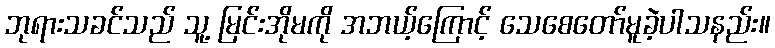
ဘုရားသခင်သည် သူ့ မြင်းအိုမကို အဘယ့်ကြောင့် သေစေတော်မူခဲ့ပါသနည်း။